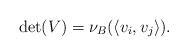
LaTeX: \begin{align*}\det(V) = \nu_B (\langle v_i,v_j \rangle ).\end{align*}